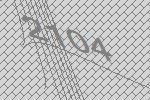
2104